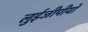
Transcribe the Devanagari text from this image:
लुईजीपीयो